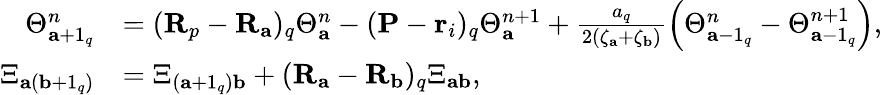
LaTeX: \begin{array}{rl}{\Theta_{\mathbf{a}+1_{q}}^{n}}&{=(\mathbf{R}_{p}-\mathbf{R}_{\mathbf{a}})_{q}\Theta_{\mathbf{a}}^{n}-(\mathbf{P}-\mathbf{r}_{i})_{q}\Theta_{\mathbf{a}}^{n+1}+\frac{a_{q}}{2(\zeta_{\mathbf{a}}+\zeta_{\mathbf{b}})}\left(\Theta_{\mathbf{a}-1_{q}}^{n}-\Theta_{\mathbf{a}-1_{q}}^{n+1}\right),}\\ {\Xi_{\mathbf{a}(\mathbf{b}+1_{q})}}&{=\Xi_{(\mathbf{a}+1_{q})\mathbf{b}}+(\mathbf{R}_{\mathbf{a}}-\mathbf{R}_{\mathbf{b}})_{q}\Xi_{\mathbf{ab}},}\end{array}